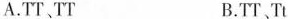
A.TT、TT B.TT、Tt